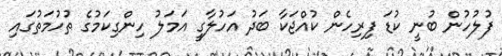
ފުލުހުން ބުނީ ކުޑަ ފިރިހެން ކުއްޖަކާ ބަދު އަހުލާގީ އަމަލު ހިންގިކަމުގެ ތުހުމަތުގައި